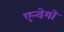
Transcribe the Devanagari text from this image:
एन्वेगो